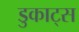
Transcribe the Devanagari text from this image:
डुकाट्स